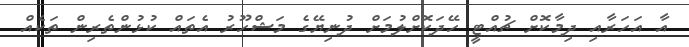
އާ އަހަރާއި ދިމާކޮށް ޗުއްޓީ ހޭދަކޮށްލުމަށް ދުނިޔޭގެ މަޝްހޫރު އެތައް ކުޅުންތެރިން ތަކެއް